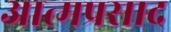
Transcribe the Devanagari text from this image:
आत्मप्रसाद